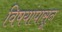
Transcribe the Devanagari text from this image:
विषयांपासून